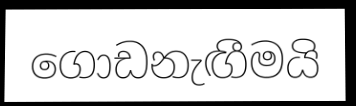
ගොඩනැඟීමයි